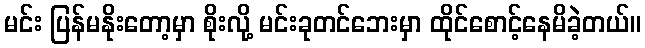
မင်း ပြန်မနိုးတော့မှာ စိုးလို့ မင်းခုတင်ဘေးမှာ ထိုင်စောင့်နေမိခဲ့တယ်။